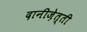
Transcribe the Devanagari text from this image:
दानीज़ेत्ती